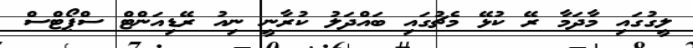
ލީގުގައި މާދަމާ ރޭ ކުޅޭ މެޗުގައި ބައްދަލު ކުރާނީ ނިއު ރޭޑިއަންޓް ސްޕޯޓްސް